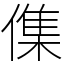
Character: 𠍱